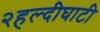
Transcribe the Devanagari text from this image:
२हल्दीघाटी